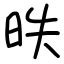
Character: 昳